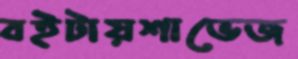
বইটায়শাভেজ